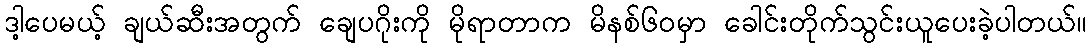
ဒါ့ပေမယ့် ချယ်ဆီးအတွက် ချေပဂိုးကို မိုရာတာက မိနစ်၆၀မှာ ခေါင်းတိုက်သွင်းယူပေးခဲ့ပါတယ်။